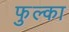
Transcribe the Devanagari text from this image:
फुल्का